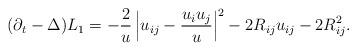
LaTeX: \begin{align*}(\partial_t - \Delta ) L_1 = - \frac{2}{u} \left| u_{ij} - \frac{ u_i u_j}{u} \right|^2 - 2 R_{ij} u_{ij} - 2 R_{ij}^2.\end{align*}